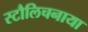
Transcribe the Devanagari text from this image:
स्टौलिचनाया